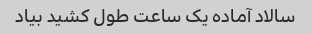
سالاد آماده یک ساعت طول کشید بیاد